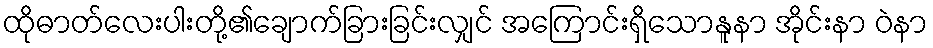
ထိုဓာတ်လေးပါးတို့၏ချောက်ခြားခြင်းလျှင် အကြောင်းရှိသောနူနာ အိုင်းနာ ဝဲနာ